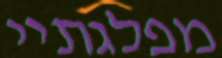
מפלגתיי